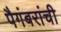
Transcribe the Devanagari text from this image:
पैगंबरांची